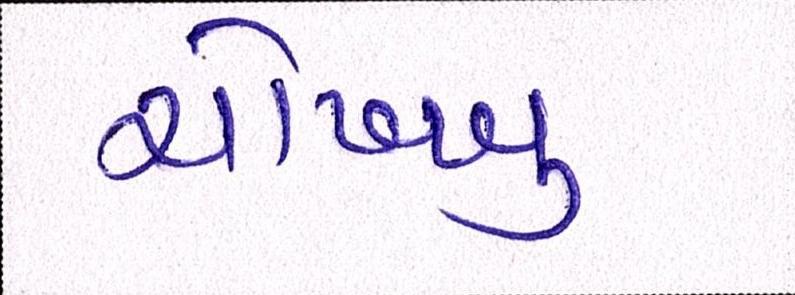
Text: ચોખ્ખુ